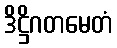
ဒိဋ္ဌိဂတမေတံ